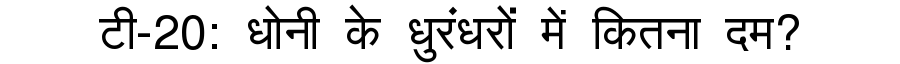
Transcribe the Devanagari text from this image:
टी-20: धोनी के धुरंधरों में कितना दम?